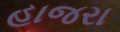
હાજરા